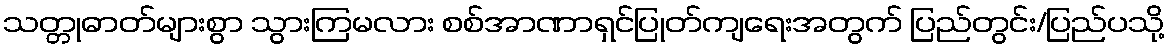
သတ္တုဓာတ်များစွာ သွားကြမလား စစ်အာဏာရှင်ပြုတ်ကျရေးအတွက် ပြည်တွင်း/ပြည်ပသို့